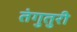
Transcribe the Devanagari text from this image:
तंगुतुरी